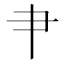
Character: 肀